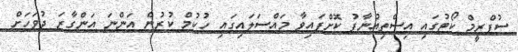
ސުޕްރީމް ކޯޓުގައި އިސްތިއުނާފު ކޮށްފައިވާ މައްސަލައިގައި ހުކުމް ކުރުން އަންނަ އަންގާރަ ދުވަހަށް